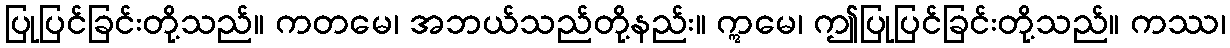
ပြုပြင်ခြင်းတို့သည်။ ကတမေ၊ အဘယ်သည်တို့နည်း။ ဣမေ၊ ဤပြုပြင်ခြင်းတို့သည်။ ကဿ၊